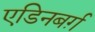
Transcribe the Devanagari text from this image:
एडिनबर्ग़